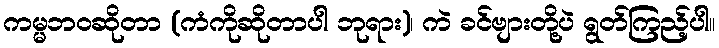
ကမ္မဘဝဆိုတာ (ကံကိုဆိုတာပါ ဘုရား)၊ ကဲ ခင်ဗျားတို့ပဲ ရွတ်ကြည့်ပါ။